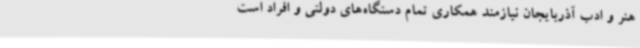
هنر و ادب آذربایجان نیازمند همکاری تمام دستگاه‌های دولتی و افراد است